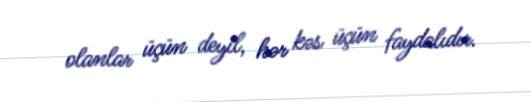
olanlar üçün deyil, hər kəs üçün faydalıdır.